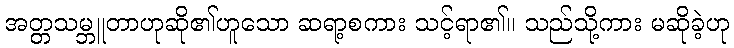
အတ္တသမ္ဘူတာဟုဆို၏ဟူသော ဆရာ့စကား သင့်ရာ၏။ သည်သို့ကား မဆိုခဲ့ဟု